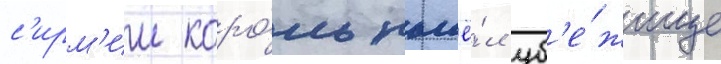
с'ирм'ии коро́ль нашё́л уб'е́жище